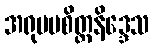
အရုပမစိတ္တနိဒ္ဒေသ